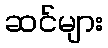
ဆင်များ